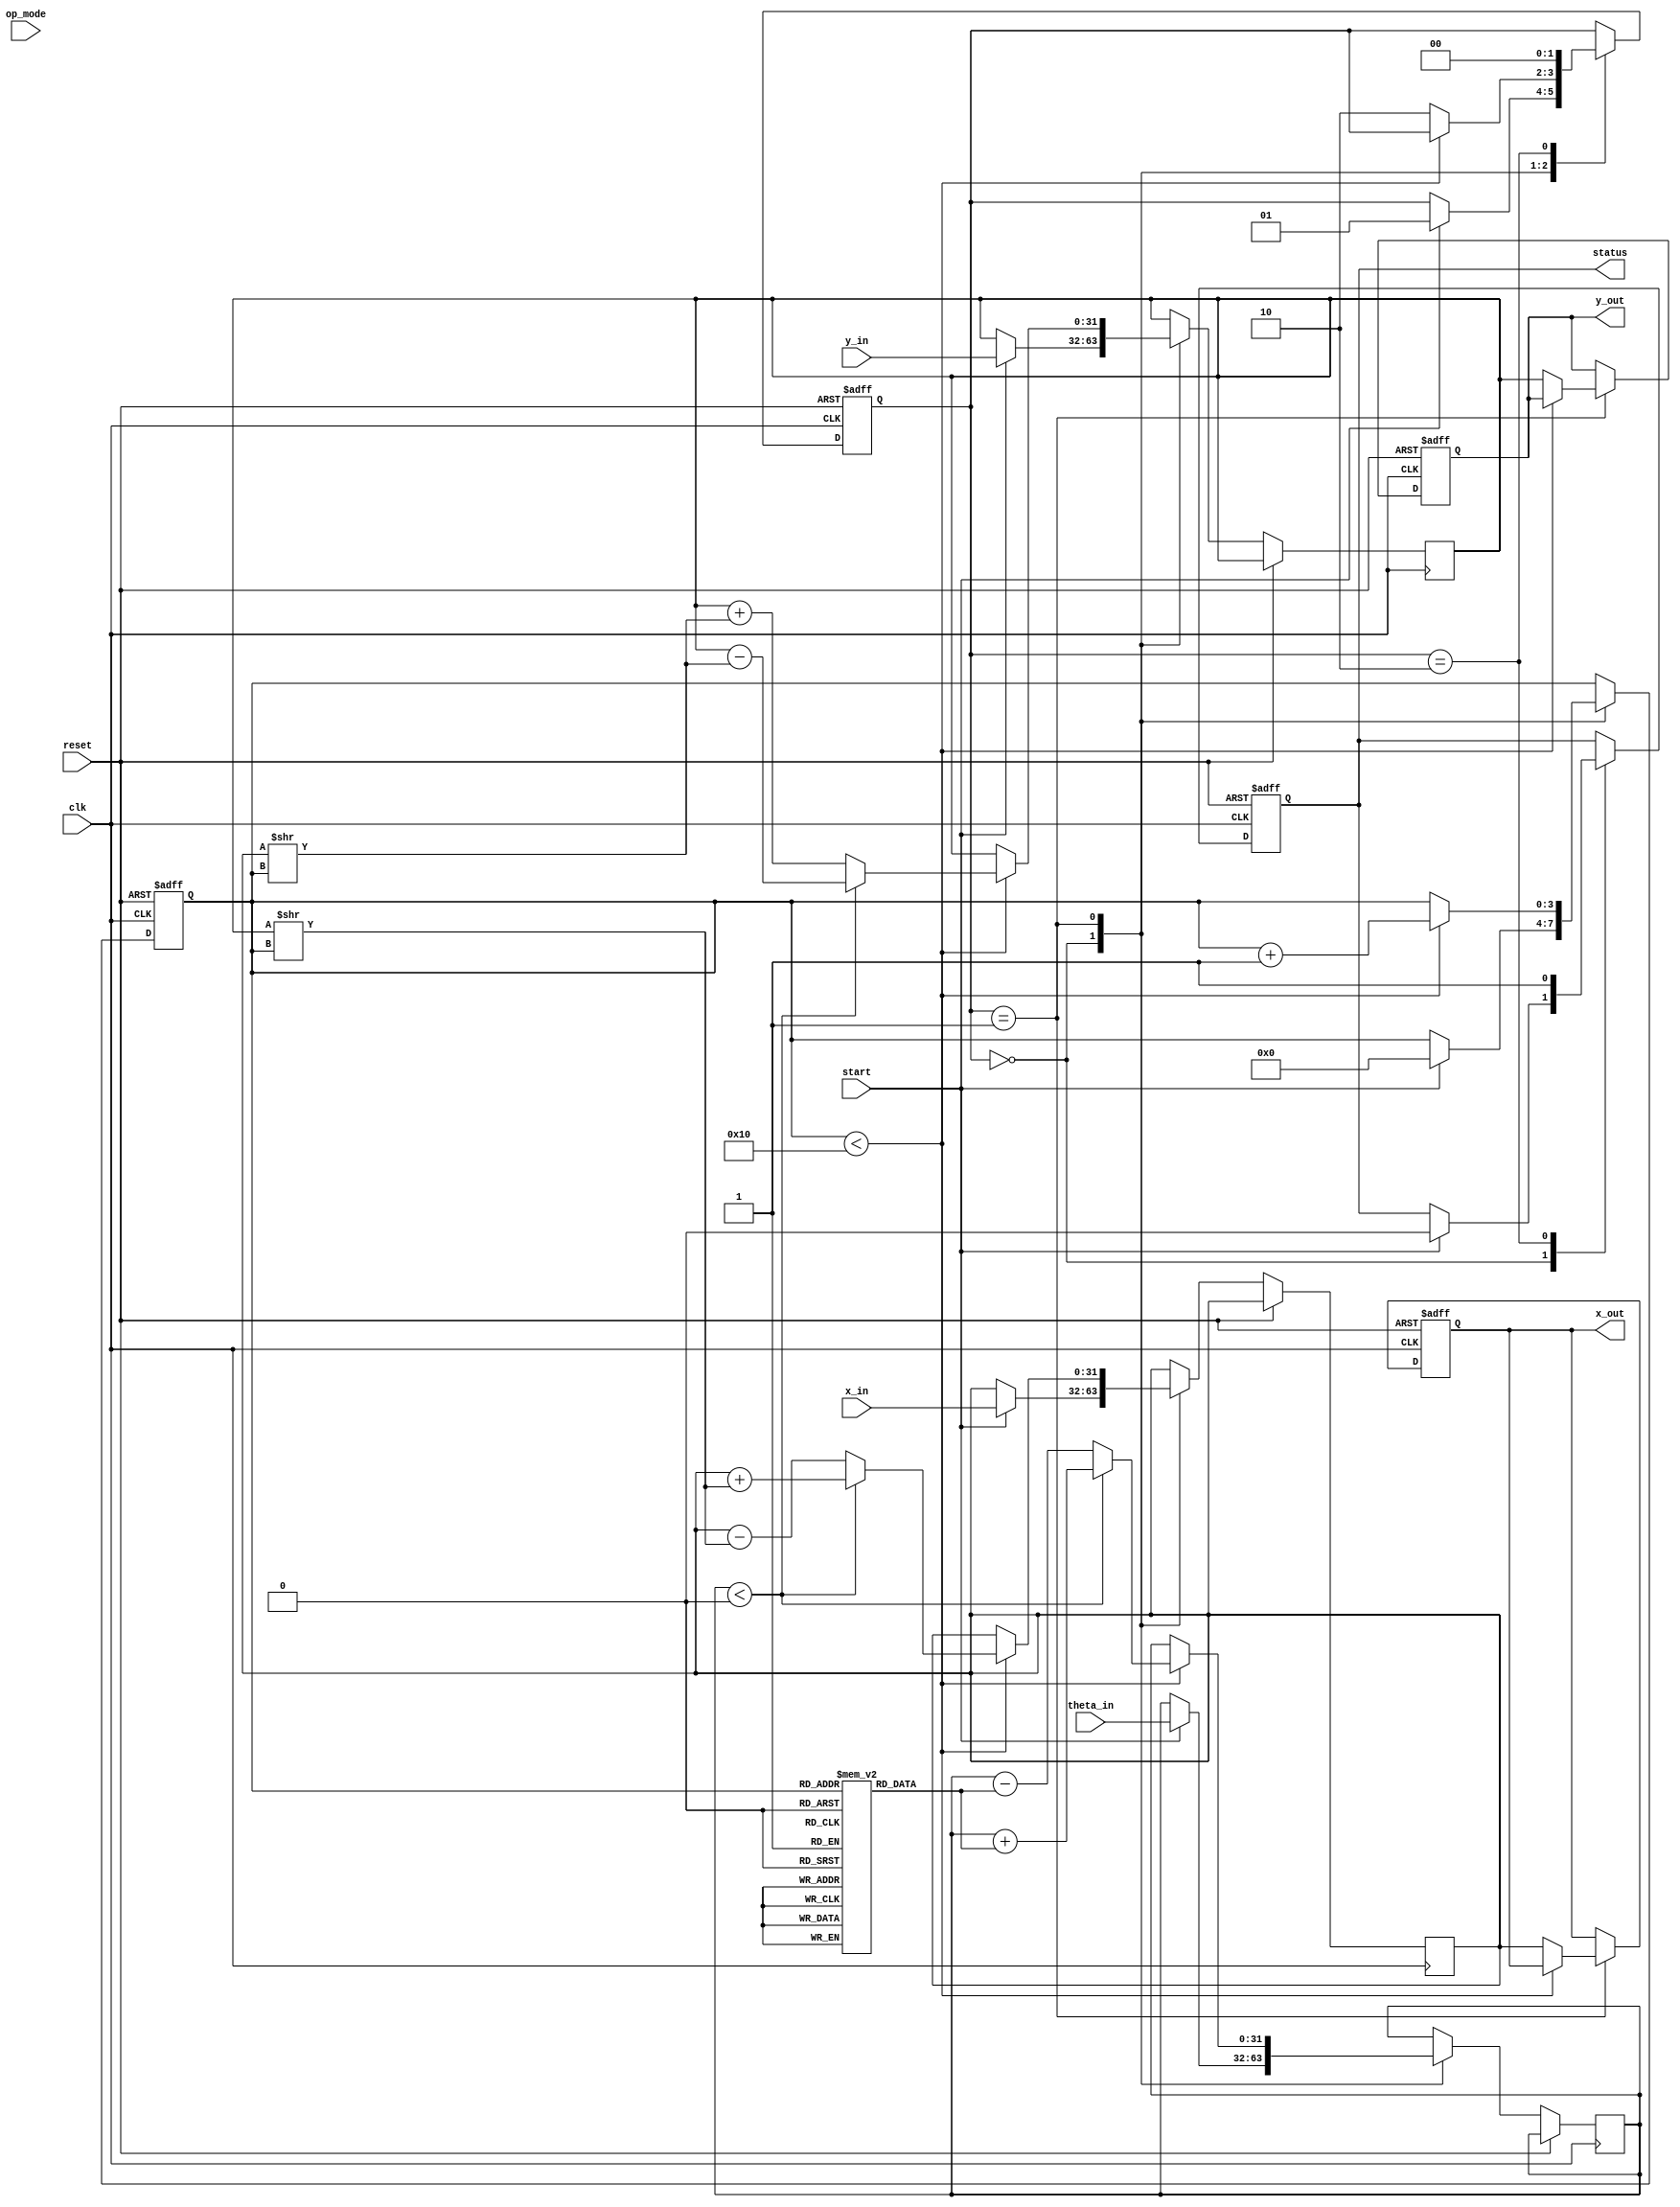
module cordic_floating_point (
    input wire clk,
    input wire reset,
    input wire [31:0] x_in,      // IEEE 754 single-precision x input
    input wire [31:0] y_in,      // IEEE 754 single-precision y input
    input wire [31:0] theta_in,  // IEEE 754 single-precision theta input
    input wire [1:0] op_mode,    // Operation mode (00: rotation, 01: vectoring)
    input wire start,             // Start signal
    output reg [31:0] x_out,      // IEEE 754 single-precision x output
    output reg [31:0] y_out,      // IEEE 754 single-precision y output
    output reg status             // Status signal (1: done)
);

    // CORDIC parameters
    parameter NUM_ITERATIONS = 16; // Number of iterations
    reg [31:0] angle_table [0:NUM_ITERATIONS-1]; // Predefined angles
    reg [31:0] x, y, z; // Internal registers for x, y, and angle
    reg [3:0] iteration; // Iteration counter
    reg [1:0] state; // FSM state

    // State encoding
    localparam IDLE = 2'b00;
    localparam COMPUTE = 2'b01;
    localparam DONE = 2'b10;

    // Initialize angle table (in radians)
    initial begin
        angle_table[0] = 32'h00000000; // 0
        angle_table[1] = 32'h3F490FDB; // pi/4
        angle_table[2] = 32'h3F22D9B6; // pi/8
        angle_table[3] = 32'h3F0C9F7A; // pi/16
        // ... fill in other angles as needed
    end

    // FSM for CORDIC operation
    always @(posedge clk or posedge reset) begin
        if (reset) begin
            state <= IDLE;
            x_out <= 32'b0;
            y_out <= 32'b0;
            status <= 1'b0;
            iteration <= 0;
        end else begin
            case (state)
                IDLE: begin
                    if (start) begin
                        x <= x_in;
                        y <= y_in;
                        z <= theta_in;
                        iteration <= 0;
                        state <= COMPUTE;
                        status <= 1'b0;
                    end
                end
                COMPUTE: begin
                    if (iteration < NUM_ITERATIONS) begin
                        // CORDIC rotation logic
                        if (z < 0) begin
                            // Rotate clockwise
                            x <= x + (y >> iteration);
                            y <= y - (x >> iteration);
                            z <= z + angle_table[iteration];
                        end else begin
                            // Rotate counter-clockwise
                            x <= x - (y >> iteration);
                            y <= y + (x >> iteration);
                            z <= z - angle_table[iteration];
                        end
                        iteration <= iteration + 1;
                    end else begin
                        // Finished all iterations
                        x_out <= x;
                        y_out <= y;
                        state <= DONE;
                    end
                end
                DONE: begin
                    status <= 1'b1; // Indicate completion
                    state <= IDLE;  // Go back to idle
                end
            endcase
        end
    end

endmodule